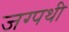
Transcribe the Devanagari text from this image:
जग्पथी